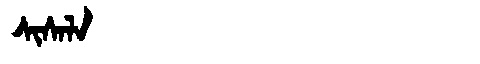
Manchu: ᠰᡳᠰᠠᠯᠠ
Romanization: SISALA